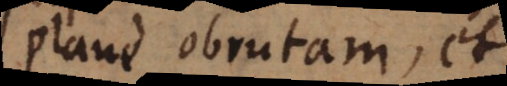
plane obrutam, et